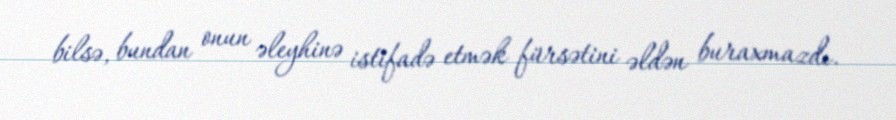
bilsə, bundan onun əleyhinə istifadə etmək fürsətini əldən buraxmazdı.